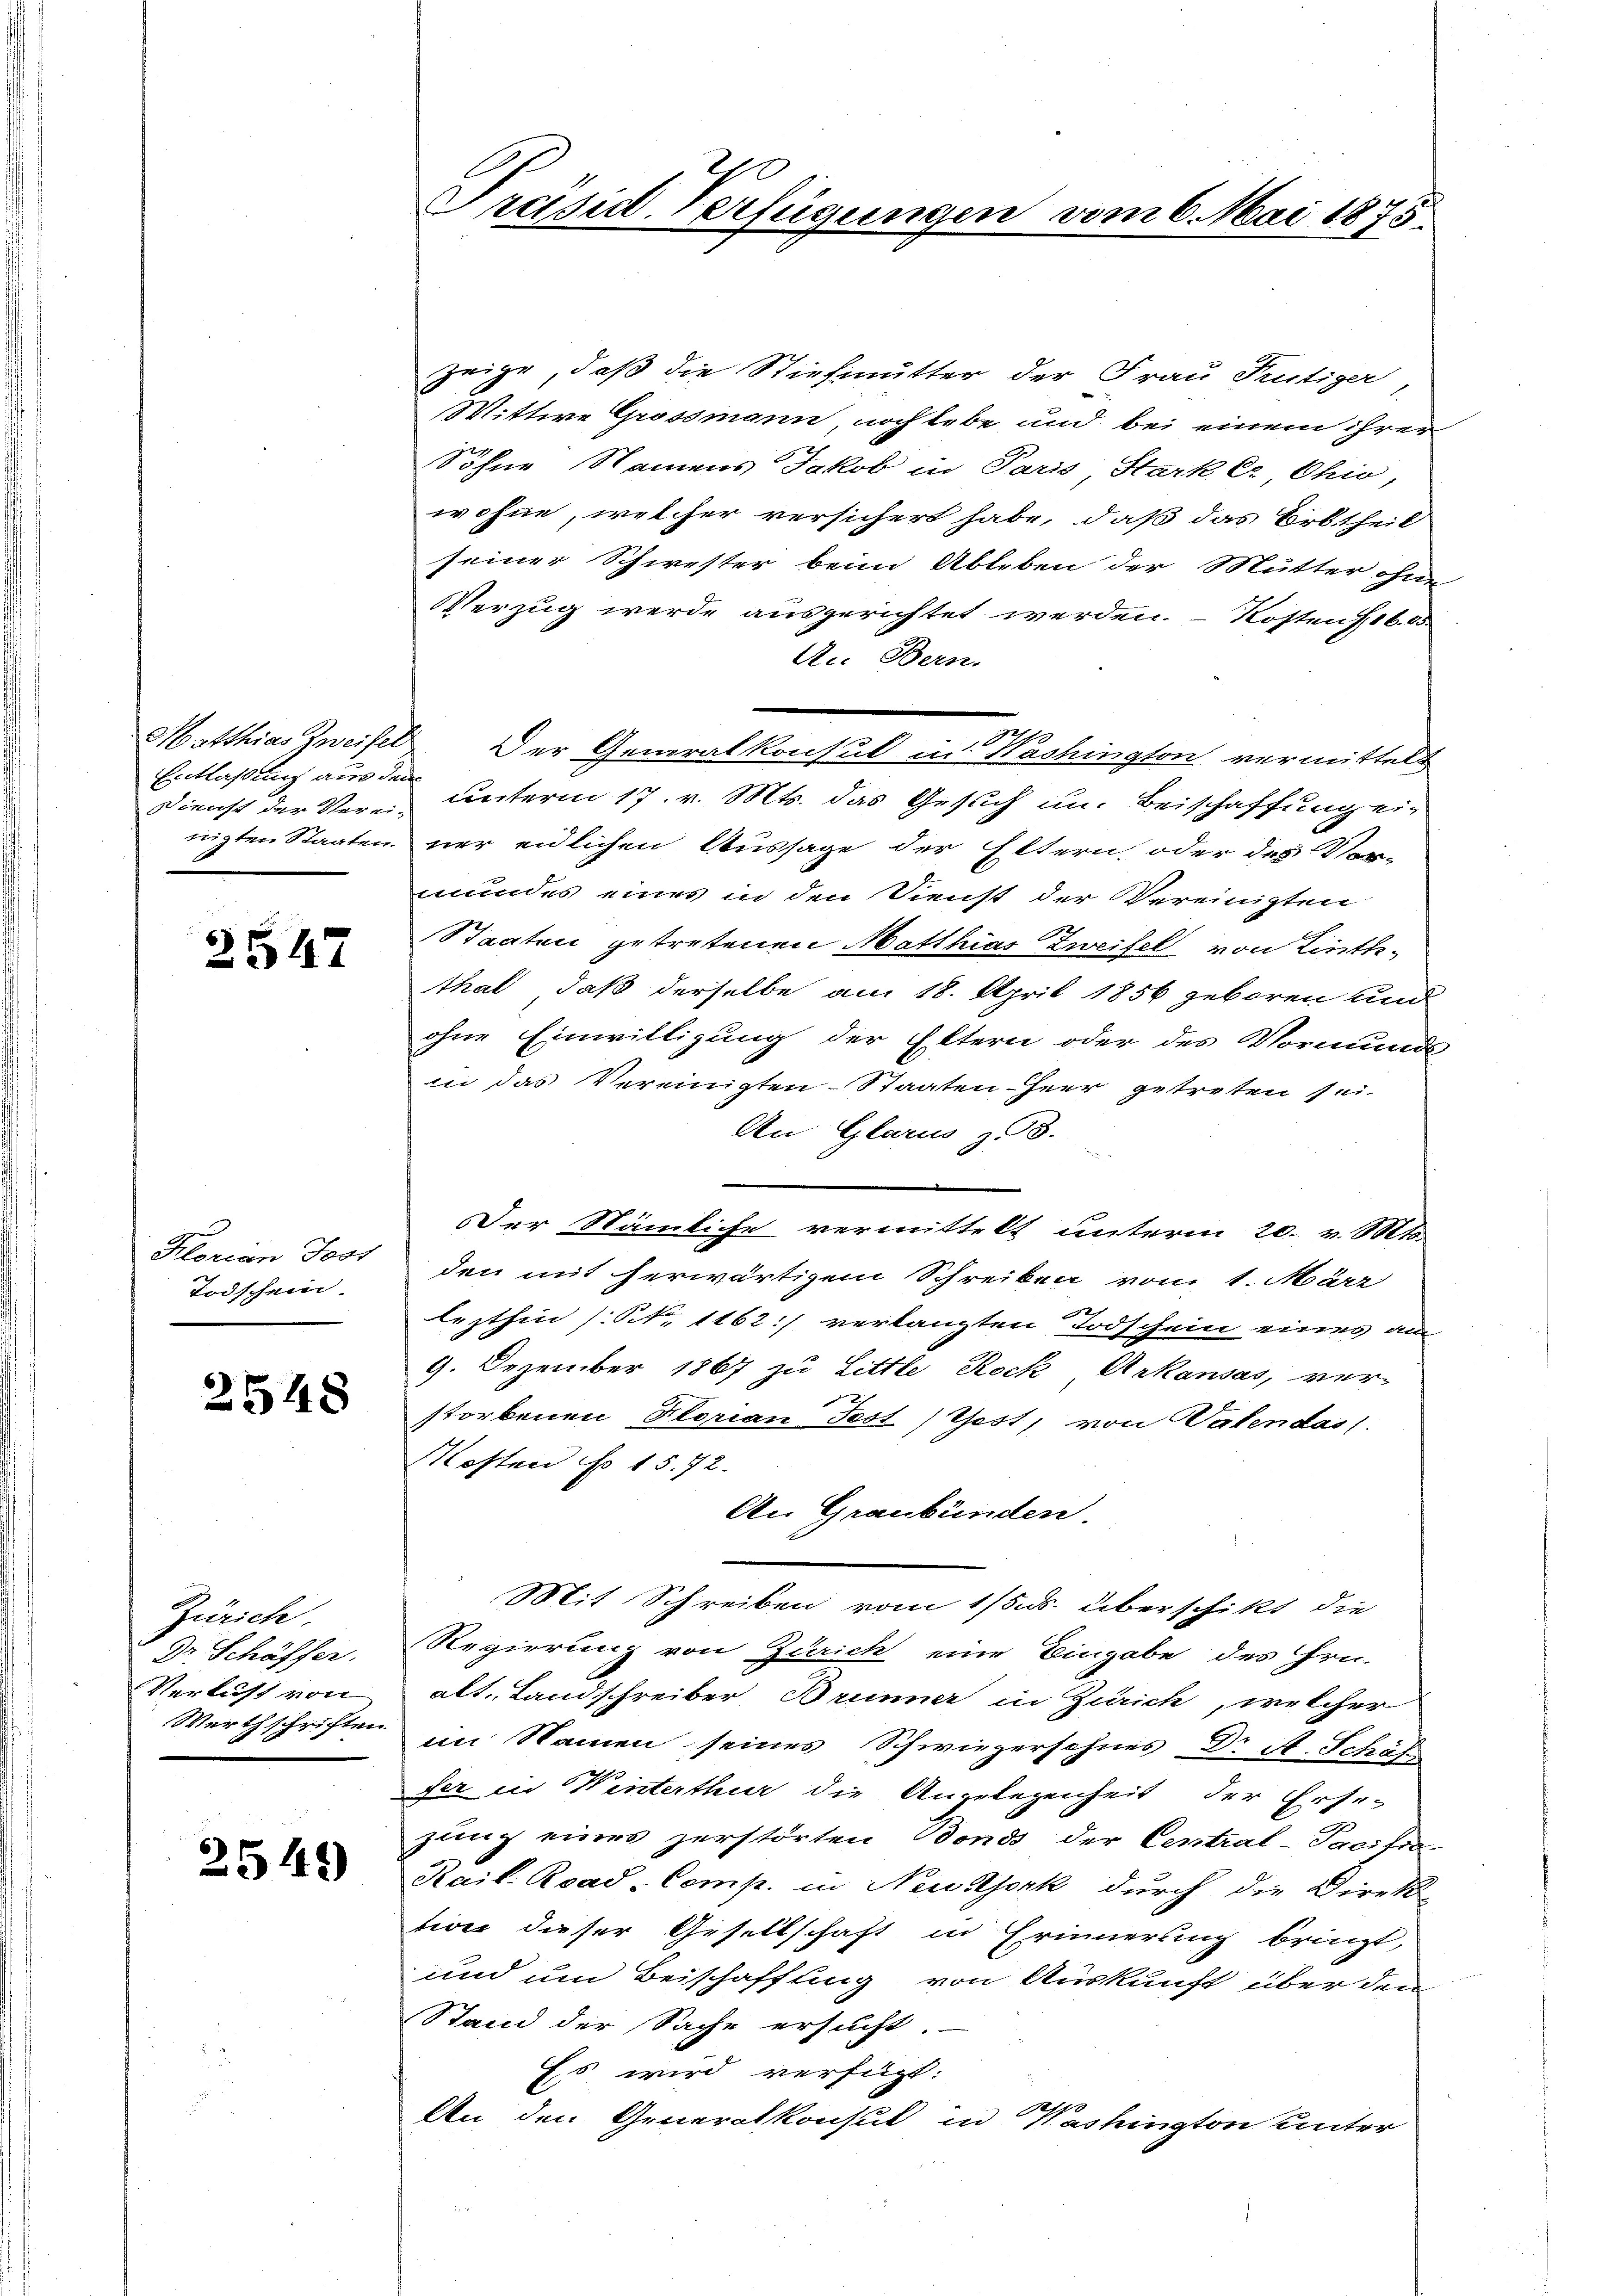
Entlaßung aus dem
Dienst der Verei-
nigten Staaten.

2547

Florian Jost
Todschein

2548

Zürich.
V Dr Schäffer
Verlust von
Werthschriften.

2549

Präsid. Verfügungen vom 6. Mai 1875.

zeige, daß die Stiefmutter der Frau Teutiger
Wittwe Grossmann, noch lebe und bei einem ihrer
Söhne Namens Jakob in Paris Starker Ohio,
wohne, welcher versichert habe, daß das Erbtheil
seiner Schwester beim Ableben der Mutter ohne
Verzug werde ausgerichtet werden. Kostens 16. 65
Ac. Bern.
Matthias Zweifel. Der Generalkonsul in Washington vermittelt
unterm 17. v. Mts. das Gesuch um. Beischaffung ein
ner eidlichen Aussage der Eltern oder des Vor-
mundes eines in den Dienst der Vereinigten
Staaten getretenen Matthias Zweifel von Linththal, daß derselbe am 18. April 1856 geboren und
ohne Einwilligung der Eltern oder des Vormunds
in das Vereinigten-Staaten Heer getreten sei.
An Glarus z. 3.
Der Nämliche vermittelt unterm 20. v. Mts.
den mit herwärtigem Schreiben vom 1. März
lezthin (N. 1162:) verlangten Todschein eines au
9. Dezember 1867 zu Little Rock Arkausas, ver-
storbenen Florian Fest) Gest, von Valendass
Kosten No 15. 72.
An Graubünden.
Mit Schreiben vom 1/5. ds. überschikt die
Regierung von Zürich eine Eingabe des Hrn.
alt. Landschreiber Brunner in Zürich, welcher
im Namen seines Schwiegersohnes Dr A. Schäfs
fer in Winterthur die Angelegenheit der Erse-
zung eines zerstörten Bonds der Central-Paeitra
Kail. Read-Comp. in Neustjork durch die Direk
tives dieser Gesellschaft in Erinnerung bringt,
und um Beischaffung von Auskunft über den
Stand der Sache ersucht.
Es wird verfügt:
2170
An den Generalkonsul in Nashington unter